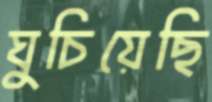
ঘুচিয়েছি